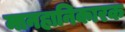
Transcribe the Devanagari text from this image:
मानहानिकारक